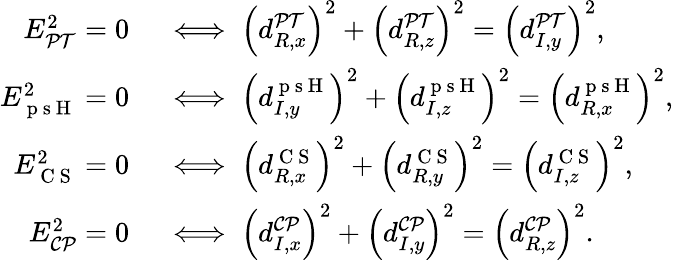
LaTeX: \begin{array}{rl}{E_{\mathcal{PT}}^{2}=0}&{{}\iff\left(d_{R,x}^{\mathcal{PT}}\right)^{2}+\left(d_{R,z}^{\mathcal{PT}}\right)^{2}=\left(d_{I,y}^{\mathcal{PT}}\right)^{2},}\\ {E_{\mathrm{~p~s~H~}}^{2}=0}&{{}\iff\left(d_{I,y}^{\mathrm{~p~s~H~}}\right)^{2}+\left(d_{I,z}^{\mathrm{~p~s~H~}}\right)^{2}=\left(d_{R,x}^{\mathrm{~p~s~H~}}\right)^{2},}\\ {E_{\mathrm{~C~S~}}^{2}=0}&{{}\iff\left(d_{R,x}^{\mathrm{~C~S~}}\right)^{2}+\left(d_{R,y}^{\mathrm{~C~S~}}\right)^{2}=\left(d_{I,z}^{\mathrm{~C~S~}}\right)^{2},}\\ {E_{\mathcal{CP}}^{2}=0}&{{}\iff\left(d_{I,x}^{\mathcal{CP}}\right)^{2}+\left(d_{I,y}^{\mathcal{CP}}\right)^{2}=\left(d_{R,z}^{\mathcal{CP}}\right)^{2}.}\end{array}